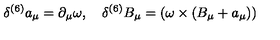
\delta ^ { ( 6 ) } a _ { \mu } = \partial _ { \mu } \omega , \quad \delta ^ { ( 6 ) } B _ { \mu } = ( \omega \times ( B _ { \mu } + a _ { \mu } ) )